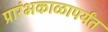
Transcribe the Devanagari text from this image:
प्रारंभकाळापर्यंत